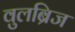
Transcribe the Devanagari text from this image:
वुलब्रिज